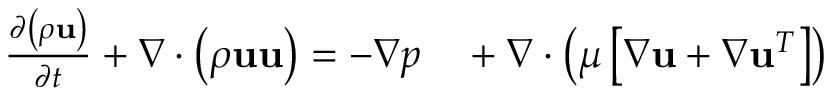
\begin{array} { r l } { \frac { \partial \left( \rho \mathbf { u } \right) } { \partial t } + \nabla \cdot \left( \rho \mathbf { u u } \right) = - \nabla p } & { { } + \nabla \cdot \left( \mu \left[ \nabla \mathbf { u } + \nabla \mathbf { u } ^ { T } \right] \right) } \end{array}